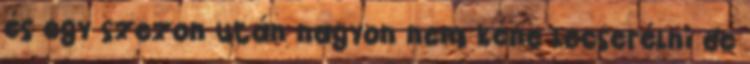
és egy szezon után nagyon nem kéne lecserélni de